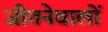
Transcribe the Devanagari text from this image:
जीतनेवालों